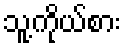
သူ့ကိုယ်စား